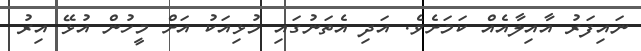
ނައިފަރު އާއިލާއެއް ކަމަށެވެ. އަދި އެތަނުގައި މުޅިއަކު އަށް މީހުން އުޅޭ އިރު